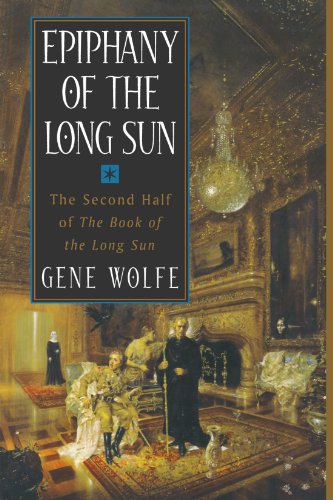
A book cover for Epiphany of the Long Sun:  Calde of the Long Sun and Exodus from the Long Sun (Book of the Long Sun, Books 3 and 4); Gene Wolfe; Science Fiction & Fantasy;